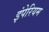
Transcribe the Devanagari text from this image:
इंपेरियम